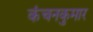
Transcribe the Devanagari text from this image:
कंचनकुमार